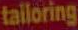
tailoring